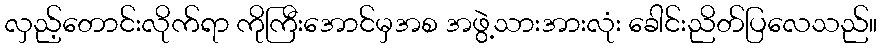
လှည့်တောင်းလိုက်ရာ ကိုကြီးအောင်မှအစ အဖွဲ့သားအားလုံး ခေါင်းညိတ်ပြလေသည်။